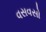
વસવસો